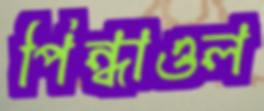
পিন্ধাওল